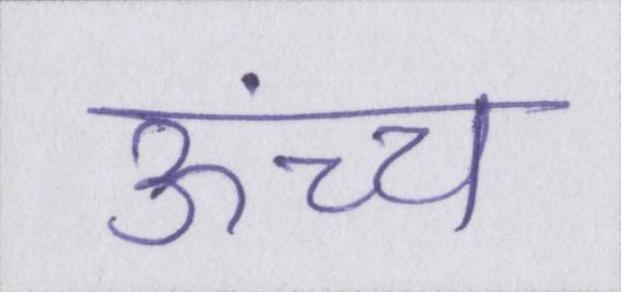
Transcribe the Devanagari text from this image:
ऊंच्च